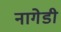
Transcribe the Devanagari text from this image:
नागेडी